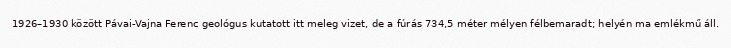
1926–1930 között Pávai-Vajna Ferenc geológus kutatott itt meleg vizet, de a fúrás 734,5 méter mélyen félbemaradt; helyén ma emlékmű áll.